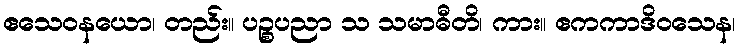
ဧသေဝနယော၊ တည်း။ ပဉ္စပညာ သ သမာဓီတိ၊ ကား။ ဧကကာဒိဝသေန၊